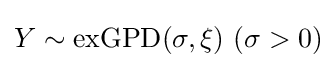
Y\sim \mathrm {exGPD} (\sigma ,\xi )\,\,(\sigma >0)